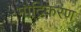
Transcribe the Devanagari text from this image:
मौद्रिकरण